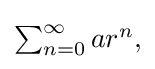
{\textstyle \sum _{n=0}^{\infty }ar^{n},}